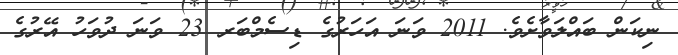
ނިކަން ބައްލަވާށެވެ. 2011 ވަނަ އަހަރުގެ ޑިސެމްބަރ 23 ވަނަ ދުވަހު އޭރުގެ